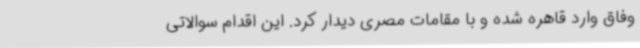
وفاق وارد قاهره شده و با مقامات مصری دیدار کرد. این اقدام سوالاتی